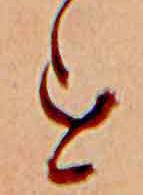
す